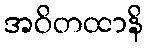
အဝိတထာနိ